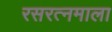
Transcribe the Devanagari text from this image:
रसरत्नमाला